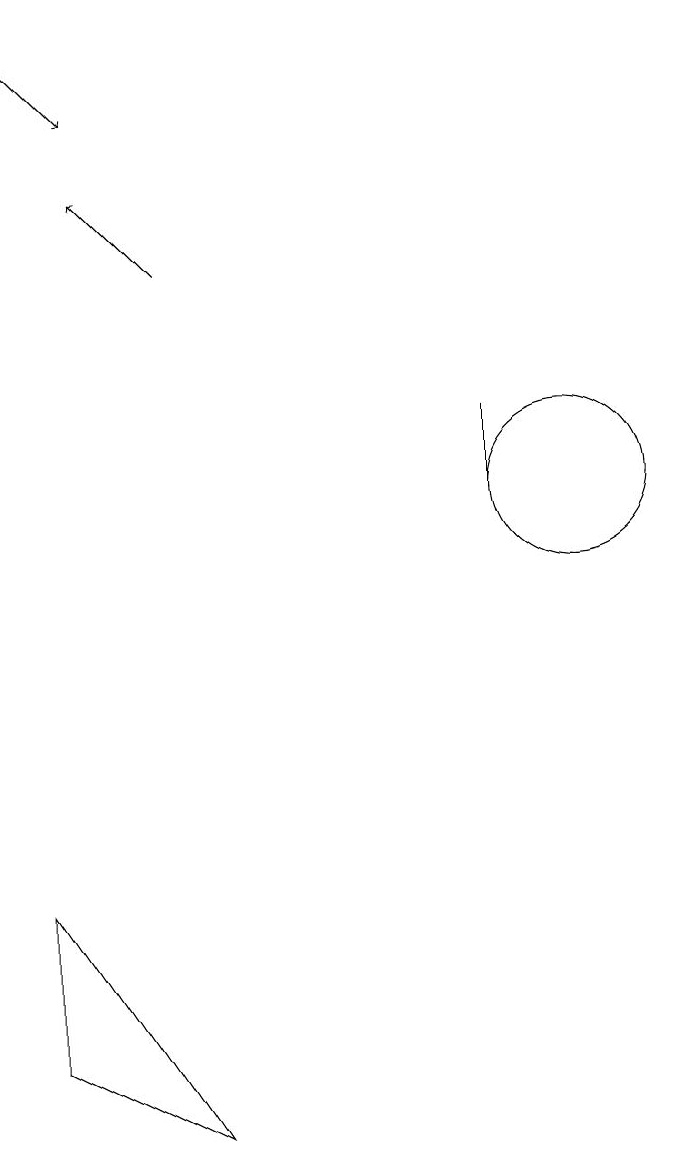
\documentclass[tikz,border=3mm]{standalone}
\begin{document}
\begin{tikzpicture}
\draw (9,12) rectangle (9,13);
\draw[->] (3,18) -- (4,17);
\draw[->] (5,15) -- (4,16);
\draw (10,12) circle (1);
\draw (3,5) -- (5,4) -- (3,7) -- cycle;
\draw (11,11) circle (0);
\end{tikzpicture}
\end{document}